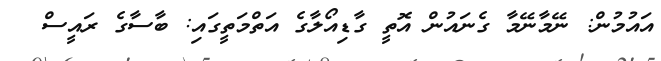
އައުމުން: ނޭމާނޭމާ ގެނައުން އޮތީ ގާޑިއޯލާގެ އަތްމަތީގައި: ބާސާގެ ރައީސް